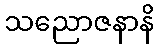
သညောဇနာနိ